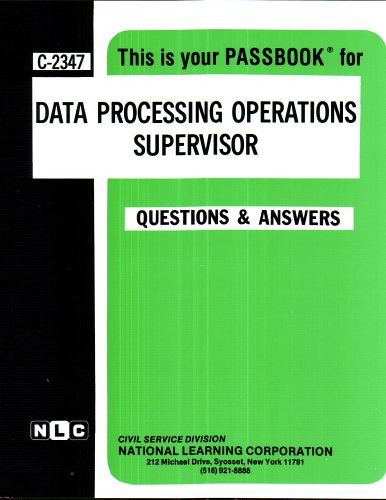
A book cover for Data Processing Operations Supervisor(Passbooks) (Career Examination Ser C-2347); Jack Rudman; Test Preparation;